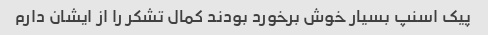
پیک اسنپ بسیار خوش برخورد بودند کمال تشکر را از ایشان دارم